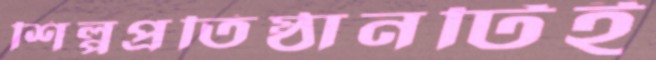
শিল্পপ্রতিষ্ঠানটিই